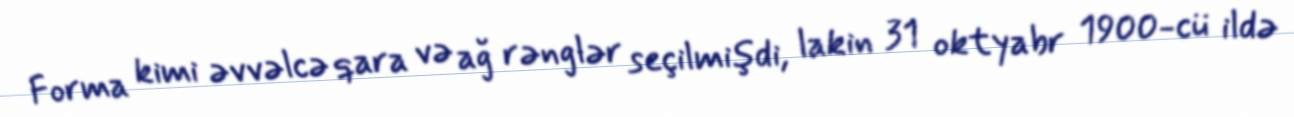
Forma kimi əvvəlcə qara və ağ rənglər seçilmişdi, lakin 31 oktyabr 1900-cü ildə